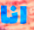
انا